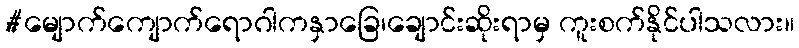
#မျောက်ကျောက်ရောဂါကနှာခြေ၊ချောင်းဆိုးရာမှ ကူးစက်နိုင်ပါသလား။